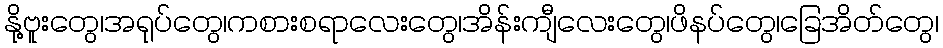
နို့ဗူးတွေ၊အရုပ်တွေ၊ကစားစရာလေးတွေ၊အိန်းကျီလေးတွေ၊ဖိနပ်တွေ၊ခြေအိတ်တွေ၊